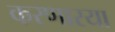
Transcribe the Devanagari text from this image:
करणारया